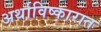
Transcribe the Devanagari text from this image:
अर्थाविष्कारात